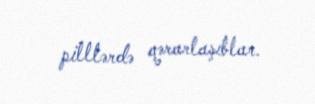
pilllərdə qərarlaşıblar.